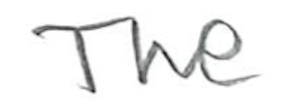
Text: The
Cross-out: clean
Writing tool: pencil